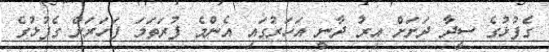
ގެފުޅުގެ ސީދާ ދަށަށް އިރު ދާނީ އަހަރުގައި އެންމެ ފުރަތަމަ ފަހަރަށް ގެފުޅުގެ